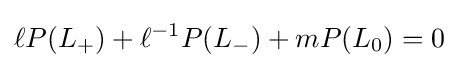
\ell P(L_{+})+\ell ^{-1}P(L_{-})+mP(L_{0})=0